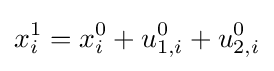
x_{i}^{1}=x_{i}^{0}+u_{1,i}^{0}+u_{2,i}^{0}